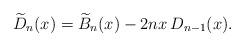
LaTeX: \begin{align*}\widetilde{D}_{n}(x)=\widetilde{B}_{n}(x)-2nx\,D_{n-1}(x).\end{align*}